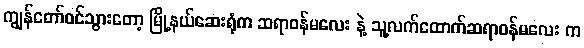
ကျွန်တော်ဝင်သွားတော့ မြို့နယ်ဆေးရုံက ဆရာဝန်မလေး နဲ့ သူ့လက်ထောက်ဆရာဝန်မလေး က